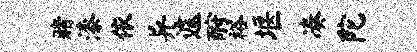
赌漆依异遽酹裕堰凑陀